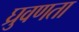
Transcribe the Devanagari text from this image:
घ्रुवणता